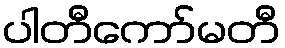
ပါတီကော်မတီ